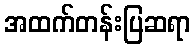
အထက်တန်းပြဆရာ